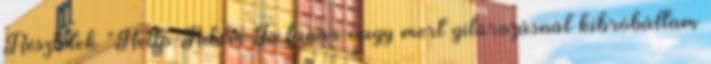
Részletek "Hello Ádám Jó tanár vagy mert gitározásnál kibróbáltam